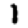
Digit: 1